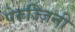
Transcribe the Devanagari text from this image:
पेरुज्ज़िनी